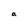
Character: a